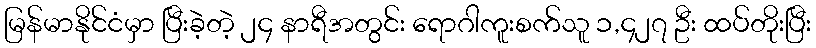
မြန်မာနိုင်ငံမှာ ပြီးခဲ့တဲ့ ၂၄ နာရီအတွင်း ရောဂါကူးစက်သူ ၁,၄၂၇ ဦး ထပ်တိုးပြီး